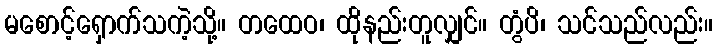
မစောင့်ရှောက်သကဲ့သို့။ တထေဝ၊ ထိုနည်းတူလျှင်။ တွံပိ၊ သင်သည်လည်း။